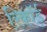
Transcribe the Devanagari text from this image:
रिकॉर्ड़